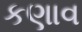
કણાવ